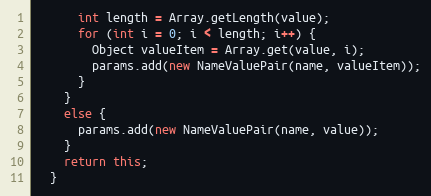
Language: Java
      int length = Array.getLength(value);
      for (int i = 0; i < length; i++) {
        Object valueItem = Array.get(value, i);
        params.add(new NameValuePair(name, valueItem));
      }
    }
    else {
      params.add(new NameValuePair(name, value));
    }
    return this;
  }